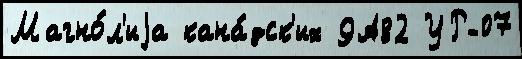
Магно́л'иjа кана́дск'их 9А82 УР-07